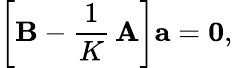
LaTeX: \left[{\mathbf B}-\frac{1}{K}\, {\mathbf A}\right]\textbf{a}=\boldsymbol 0,